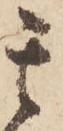
其